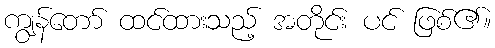
ကျွန်တော် ထင်ထားသည့် အတိုင်း ပင် ဖြစ်၏။